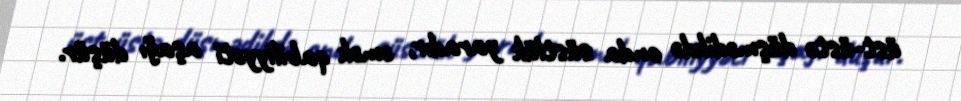
üst-üstə düşmədikdə onda süstlük yaradır, əmək qabiliyyəti aşağı düşür.